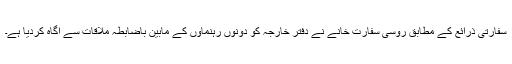
سفارتی ذرائع کے مطابق روسی سفارت خانے نے دفتر خارجہ کو دونوں رہنماؤں کے مابین باضابطہ ملاقات سے آگاہ کردیا ہے۔